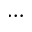
\cdots